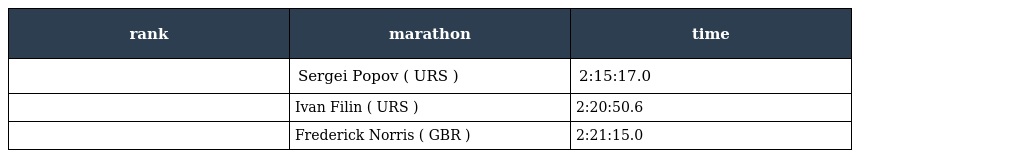
| rank | marathon | time |
 | --- | --- | --- |
 |  | Sergei Popov ( URS ) | 2:15:17.0 |
 |  | Ivan Filin ( URS ) | 2:20:50.6 |
 |  | Frederick Norris ( GBR ) | 2:21:15.0 |